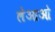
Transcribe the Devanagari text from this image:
लेआओ